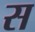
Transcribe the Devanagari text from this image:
स